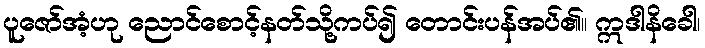
ပူဇော်အံ့ဟု ညောင်စောင့်နတ်သို့ကပ်၍ တောင်းပန်အပ်၏။ ဣဒါနိခေါ၊